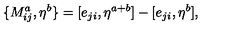
\{ M _ { i j } ^ { a } , \eta ^ { b } \} = [ e _ { j i } , \eta ^ { a + b } ] - [ e _ { j i } , \eta ^ { b } ] ,